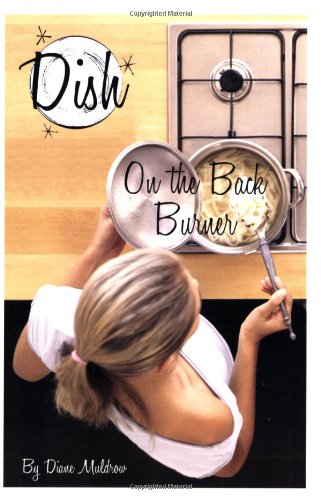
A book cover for On the Back Burner (Dish, No. 6); Diane Muldrow; Children's Books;